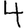
Digit: 4